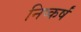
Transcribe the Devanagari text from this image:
निष्कर्षं